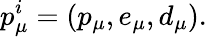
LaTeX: p_{\mu}^{i}=\left(p_{\mu},e_{\mu},d_{\mu}\right).